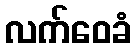
လက်ဝေခံ